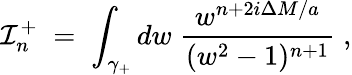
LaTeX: {\cal I}_{n}^{+}\; =\; \int_{\gamma_{+}}dw\; \frac{w^{n+2i\Delta M/a}}{(w^{2}-1)^{n+1}}\; ,